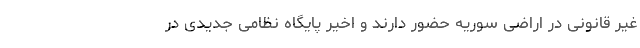
غیر قانونی در اراضی سوریه حضور دارند و اخیر پایگاه نظامی جدیدی در